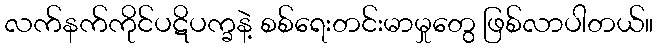
လက်နက်ကိုင်ပဋိပက္ခနဲ့ စစ်ရေးတင်းမာမှုတွေ ဖြစ်လာပါတယ်။